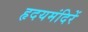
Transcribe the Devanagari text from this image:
हृदयमंदिरें